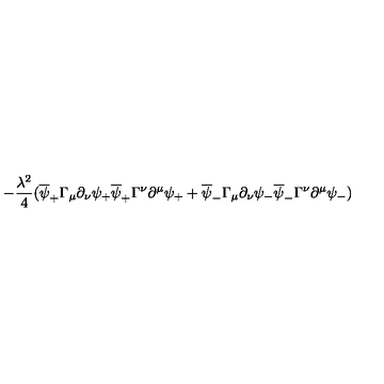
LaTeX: - { \frac { \lambda ^ { 2 } } { 4 } } ( \overline { { \psi } } _ { + } \Gamma _ { \mu } \partial _ { \nu } \psi _ { + } \overline { { \psi } } _ { + } \Gamma ^ { \nu } \partial ^ { \mu } \psi _ { + } + \overline { { \psi } } _ { - } \Gamma _ { \mu } \partial _ { \nu } \psi _ { - } \overline { { \psi } } _ { - } \Gamma ^ { \nu } \partial ^ { \mu } \psi _ { - } )